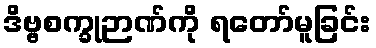
ဒိဗ္ဗစက္ခုဉာဏ်ကို ရတော်မူခြင်း